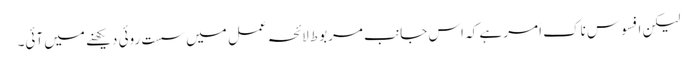
لیکن افسوس ناک اَمر ہے کہ اس جانب مربوط لائحہ عمل میں سست روئی دیکھنے میں آئی۔